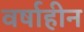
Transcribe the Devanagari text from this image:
वर्षाहीन